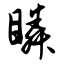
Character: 瞵